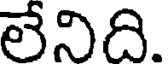
లేనిది.